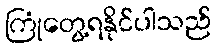
ကြုံတွေ့ရနိုင်ပါသည်